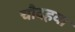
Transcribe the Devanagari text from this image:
चौदहवा